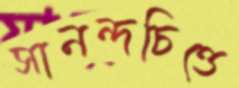
সানন্দচিত্তে